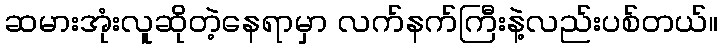
ဆမားအုံးလူဆိုတဲ့နေရာမှာ လက်နက်ကြီးနဲ့လည်းပစ်တယ်။